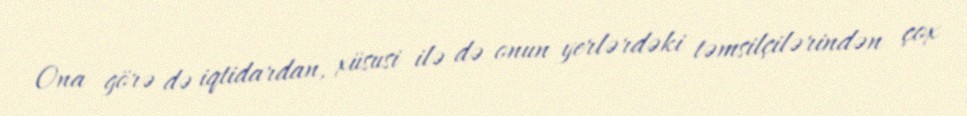
Ona görə də iqtidardan, xüsusi ilə də onun yerlərdəki təmsilçilərindən çox